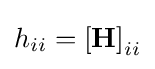
h_{ii}=\left[\mathbf {H} \right]_{ii}